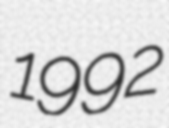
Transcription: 1992